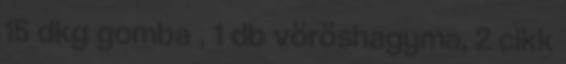
15 dkg gomba , 1 db vöröshagyma, 2 cikk